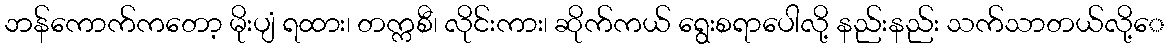
ဘန်ကောက်ကတော့ မိုးပျံ ရထား၊ တက္ကစီ၊ လိုင်းကား၊ ဆိုက်ကယ် ရွေးစရာပေါလို့ နည်းနည်း သက်သာတယ်လို့ေ